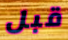
قبل